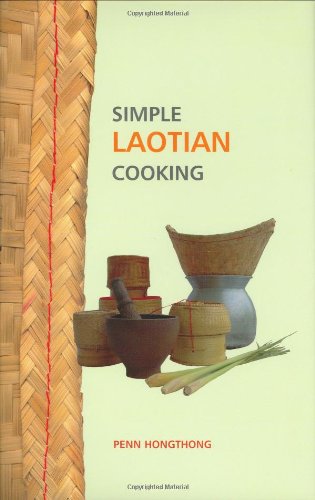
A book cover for Simple Laotian Cooking (The Hippocrene Cookbook Library); Penn Hongthong; Cookbooks, Food & Wine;